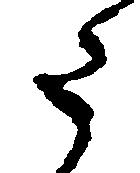
た